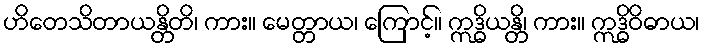
ဟိတေသိတာယန္တိတိ၊ ကား။ မေတ္တာယ၊ ကြောင့်။ ဣဒ္ဓိယန္တိ၊ ကား။ ဣဒ္ဓိဝိဓာယ၊